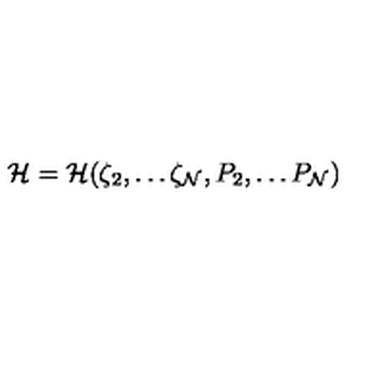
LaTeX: { \cal H } = { \cal H } ( \zeta _ { 2 } , \dots \zeta _ { \cal N } , P _ { 2 } , \dots P _ { \cal N } )